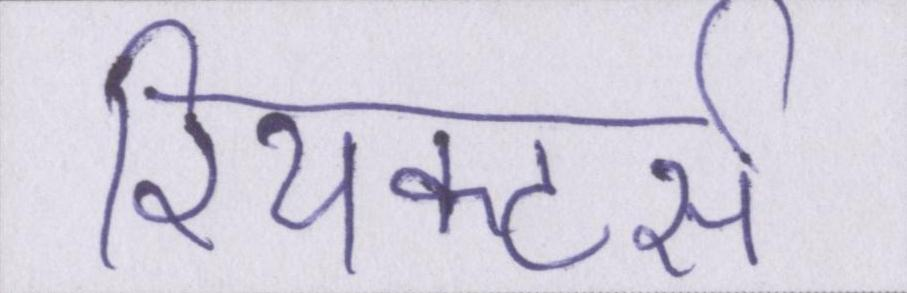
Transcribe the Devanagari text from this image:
रियक्टर्स